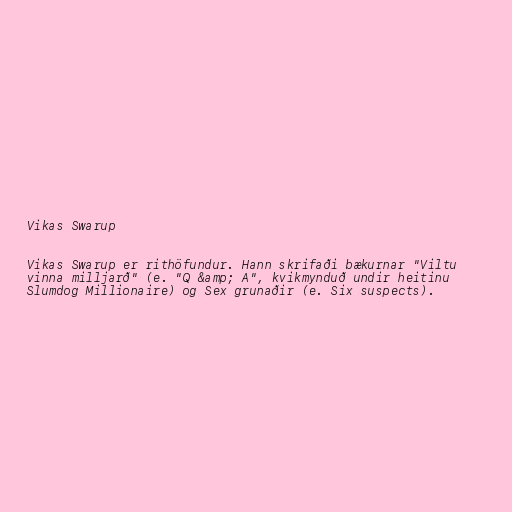
Vikas Swarup

Vikas Swarup er rithöfundur. Hann skrifaði bækurnar "Viltu
vinna milljarð" (e. "Q &amp; A", kvikmynduð undir heitinu
Slumdog Millionaire) og Sex grunaðir (e. Six suspects).